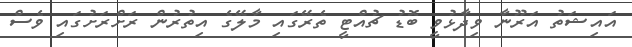
އައިޝަތު އަރޫނާ ވިދާޅުވީ ބޮޑު ޗުއްޓީ ތެރޭގައި މާލޭގެ އިތުރުން ރަށްރަށުގައި ވެސް